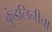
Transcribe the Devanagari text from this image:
कुंडलिनीचा